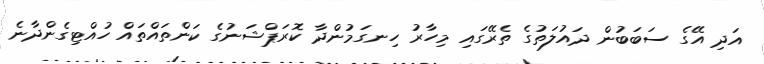
އަދި އޭގެ ސަބަބުން ދައުލަތުގެ ތެރޭގައި މިހާރު ހިނގަމުންދާ ކޮރަޕްޝަނުގެ ކަންތައްތައް ހުއްޓިގެންދާނެ